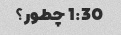
1:30 چطور؟